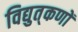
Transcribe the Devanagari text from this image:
विद्युत्‌कणों